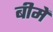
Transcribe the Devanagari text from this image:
बीमें